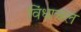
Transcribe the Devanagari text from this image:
विंधाचल